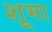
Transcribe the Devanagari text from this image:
शूमा